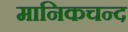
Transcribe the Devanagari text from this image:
मानिकचन्द